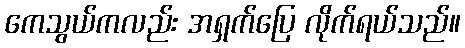
ကေသွယ်ကလည်း အရှက်ပြေ လိုက်ရယ်သည်။